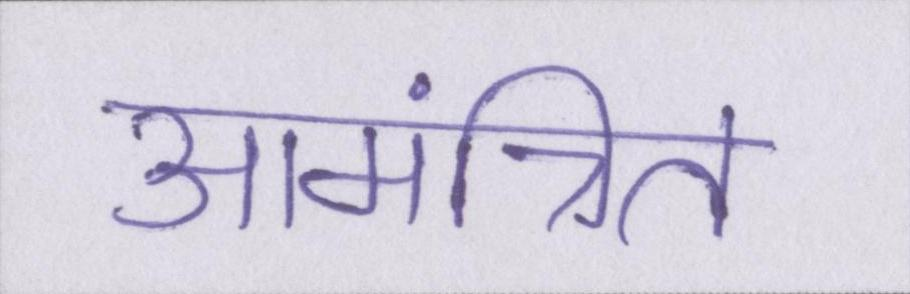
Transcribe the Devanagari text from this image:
आमंत्रित